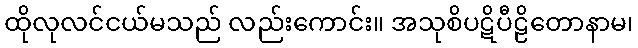
ထိုလုလင်ငယ်မသည် လည်းကောင်း။ အသုစိပဋိပီဠိတောနာမ၊